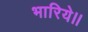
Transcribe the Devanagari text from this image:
भारिये।।